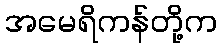
အမေရိကန်တို့က